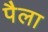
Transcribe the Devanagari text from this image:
पैला